Vaccination in Bombay 1902-1912 - 1902-1912
Year: 1902
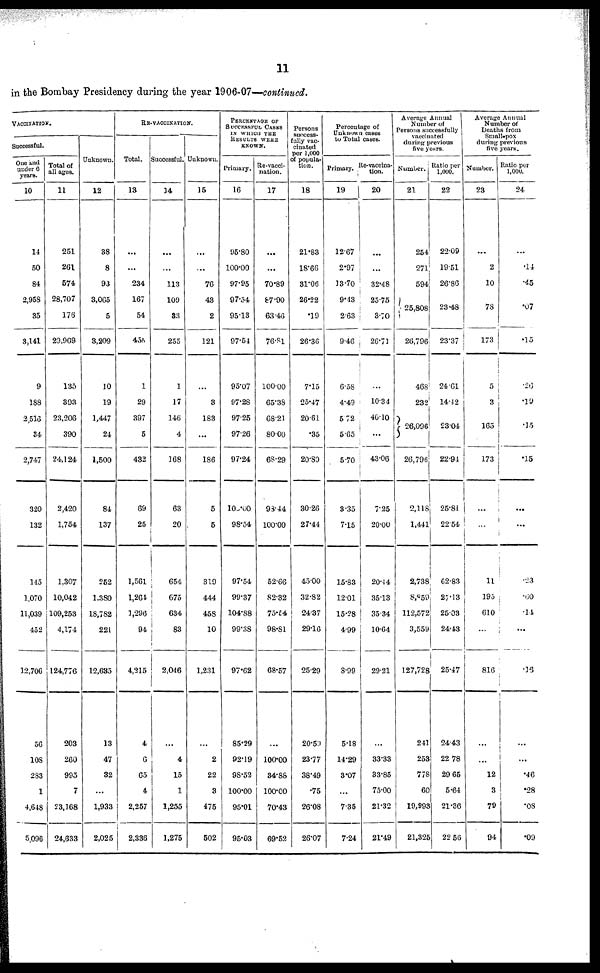
11
in the Bombay Presidency during the year 1906-07—continued.
VACCINATION.
Successful.
One and
under 6
years.
10
14
50
84
2,958
35
3,141
9
188
2,516
34
2,747
320
132
145
1,070
11,039
452
12,706
56
108
283
1
4,648
5,096
Total of
all ages.
11
251
261
574
28,707
176
29,969
135
393
23,206
390
24,124
2,420
1,754
1,307
10,042
109,253
4,174
124,776
203
260
995
7
23,168
24,633
Unknown.
12
38
8
93
3,065
5
3,209
10
19
1,447
24
1,500
84
137
252
1,380
18,782
221
12,635
13
47
32
...
1,933
2,025
RE-VACCINATION.
Total.
13
...
...
234
167
54
455
1
29
397
5
432
69
25
1,561
1,264
1,296
94
4,215
4
6
65
4
2,257
2,336
Successful.
14
...
...
113
109
88
255
1
17
146
4
168
63
20
654
675
634
83
2,046
...
4
15
1
1,255
1,275
Unknown.
15
...
...
76
43
2
121
...
3
183
...
186
5
5
319
444
458
10
1,231
...
2
22
3
475
502
PERCENTAGE OF
SUCCESSFUL CASES
IN WHICH THE
RESULTS WERE
KNOWN.
Primary.
16
95.80
100.00
97.95
97.54
95.13
97.54
95.07
97.28
97.25
97.26
97.24
100.00
98.54
97.54
99.37
104.88
99.38
97.62
85.29
92.19
98.52
100.00
95.01
95.03
Re-vacci-
nation.
17
...
...
70.89
87.90
63.46
76.81
100.00
65.38
68.21
80.00
63.29
93.44
100.00
52.66
82.32
75.54
98.81
68.57
...
100.00
34.88
100.00
70.43
69.52
Persons
success-
fully vac¬
cinated
per 1,000
of popula-
tion.
18
21.83
18.66
31.06
26.22
.19
26.36
7.15
25.47
20.61
.35
20.80
30.26
27.44
45.00
32.82
24.37
29.16
25.29
20.59
23.77
38.49
.75
26.08
26.07
Percentage of
Unknown cases
to Total cases.
Primary.
19
1267
2.97
13.70
9.43
2.63
9.46
6.58
4.49
5.72
5.65
5.70
3.35
7.15
15.83
12.01
15.28
4.99
8.99
5.18
14.29
3.07
...
7.35
7.24
Re-vaccina-
tion.
20
...
...
32.48
25.75
3.70
26.71
...
10.34
46.10
...
43.06
7.25
20.00
20.44
35.13
35.34
10.64
29.21
...
33.33
33.85
75.00
21.32
21.49
Average Annual
Number of
Persons successfully
vaccinated
during previous
five yours.
Number.
21
254
271
594
25,808
26,796
468
232
26,096
26,796
2,118
1,441
2,738
8,859
112,572
3,559
127,728
241
253
778
60
19,993
21,325
Ratio per
1,000.
22
22.09
19.51
26.86
23.48
23.37
24.61
14.42
23.04
22.94
25.81
2254
62.83
27.13
25.03
24.43
25.47
24.43
22.78
29.65
5.64
21.36
22.56
Average Annual
Number of
Deaths from
Small-pox
during previous
five years.
Number.
23
...
2
10
78
173
5
3
165
173
...
...
11
195
610
...
816
...
...
12
3
79
94
Ratio per
1,000.
24
...
.14
.45
.07
.15
.26
.19
.15
.15
...
...
.23
.60
.14
...
.16
...
...
.46
.28
.08
.09